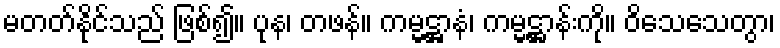
မတတ်နိုင်သည် ဖြစ်၍။ ပုန၊ တဖန်။ ကမ္မဋ္ဌာနံ၊ ကမ္မဋ္ဌာန်းကို။ ဝိသေသေတွာ၊